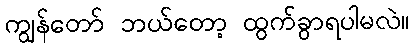
ကျွန်တော် ဘယ်တော့ ထွက်ခွာရပါမလဲ။